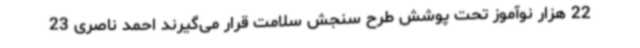
22 هزار نوآموز تحت پوشش طرح سنجش سلامت قرار می‌گیرند احمد ناصری 23